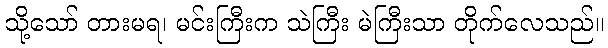
သို့သော် တားမရ၊ မင်းကြီးက သဲကြီး မဲကြီးသာ တိုက်လေသည်။